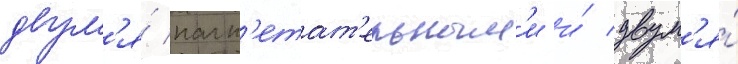
двум'я́ нагн'етат'ельным'и и́ двум'я́